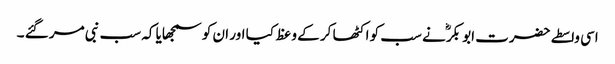
اسی واسطے حضرت ابو بکرؓ نے سب کو اکٹھا کر کے وعظ کیا اور ان کو سمجھایا کہ سب نبی مر گئے ۔